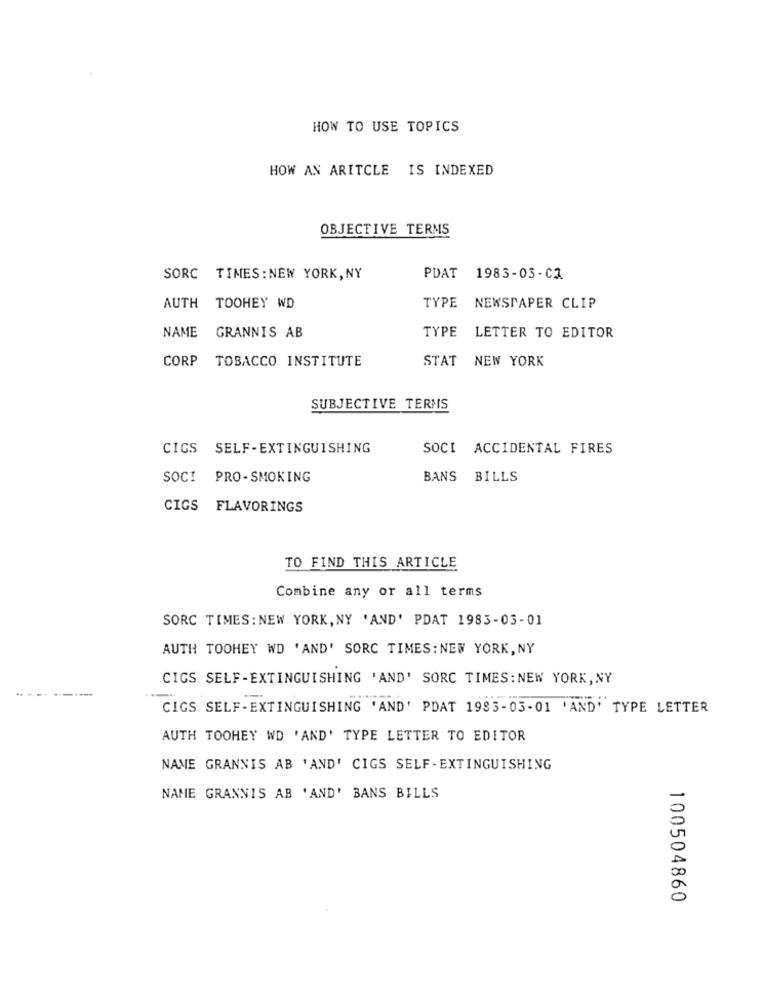
HOW TO USE TOPICS
HOW AN ARITCLE IS INDEXED
OBJECTIVE TERMS
SORC TIMES: NEW YORK, NY
PDAT 1983-03-CZ
AUTH TOOHEY WD
TYPE NEWSPAPER CLIP
NAME
GRANNIS AB
TYPE LETTER TO EDITOR
CORP TOBACCO INSTITUTE
STAT NEW YORK
SUBJECTIVE TERMS
CIGS SELF-EXTINGUISHING
SOCI ACCIDENTAL FIRES
SOCI
PRO-SMOKING
BANS BILLS
CIGS FLAVORINGS
TO FIND THIS ARTICLE
Combine any or all terms
SORC TIMES: NEW YORK, NY 'AND' PDAT 1983-03-01
AUTH TOOHEY WD 'AND' SORC TIMES: NEW YORK, NY
CIGS SELF-EXTINGUISHING ' AND' SORC TIMES: NEW YORK, NY
.. .
CIGS SELF-EXTINGUISHING 'AND' PDAT 1983-03-01 'AND' TYPE LETTER
AUTH TOOHEY WD 'AND' TYPE LETTER TO EDITOR
NAME GRANNIS AB 'AND' CIGS SELF-EXTINGUISHING
NAME GRANNIS AB 'AND' BANS BILLS
100504860